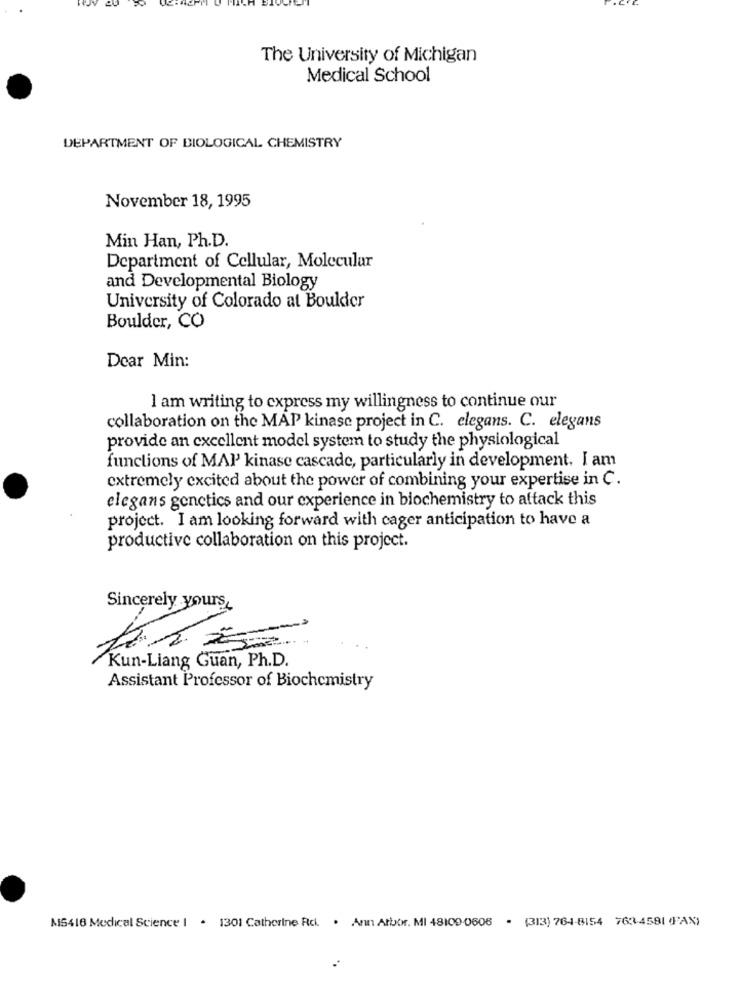
The University of Michigan
Medical School
DEPARTMENT OF BIOLOGICAL CHEMISTRY
November 18, 1995
Min Han, Ph.D.
Department of Cellular, Molecular
and Developmental Biology
University of Colorado at Boulder
Boulder, CO
Dear Min:
I am writing to express my willingness to continue our
collaboration on the MAP kinase project in C. elegans. C. elegans
provide an excellent model system to study the physiological
functions of MAP kinase cascade, particularly in development. I am
extremely excited about the power of combining your expertise in C.
elegans genetics and our experience in biochemistry to attack this
project. I am looking forward with cager anticipation to have a
productive collaboration on this project.
Sincerely yours,
Kun-Liang Guan, Ph.D.
Assistant Professor of Biochemistry
M5416 Medical Science I . 1301 Catherine Rc. . Ann Arbor. MI 48109-0606 . (313) 764-8154 763-4581 4'AX)